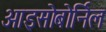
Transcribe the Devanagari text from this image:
आइसोबोर्निल